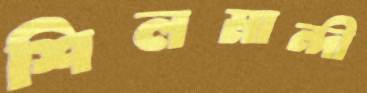
শিলমান্দী